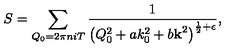
S = \sum _ { Q _ { 0 } = 2 \pi n i T } \frac { 1 } { \left( Q _ { 0 } ^ { 2 } + a k _ { 0 } ^ { 2 } + b { \bf k } ^ { 2 } \right) ^ { \frac 1 2 + \epsilon } } ,